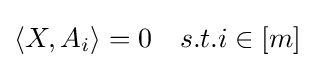
\langle X,A_{i}\rangle =0\quad s.t.i\in [m]